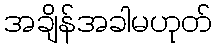
အချိန်အခါမဟုတ်